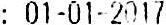
: 01-01-2017